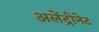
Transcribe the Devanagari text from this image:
अलेंद्रोनेट